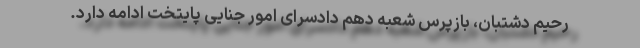
رحیم دشتبان، بازپرس شعبه دهم دادسرای امور جنایی پایتخت ادامه دارد.